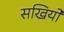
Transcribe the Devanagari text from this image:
सखियो